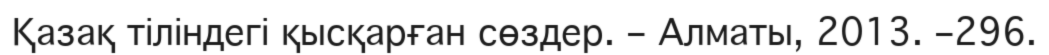
Қазақ тіліндегі қысқарған сөздер. – Алматы, 2013. –296.